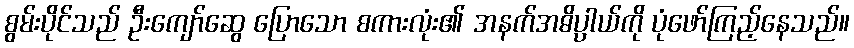
စွမ်းပိုင်သည် ဦးကျော်ဆွေ ပြောသော စကားလုံး၏ အနက်အဓိပ္ပာယ်ကို ပုံဖော်ကြည့်နေသည်။